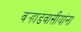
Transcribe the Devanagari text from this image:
वर्‍हाडवासीयांना